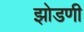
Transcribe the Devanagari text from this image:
झोडणी